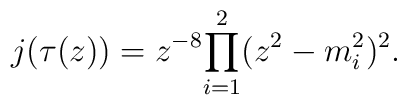
j(\tau(z)) = {z^{-8}}{\prod_{i=1}^{2}(z^2-m_i^2)^2}.